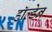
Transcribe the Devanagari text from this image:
हाॅल्डेन